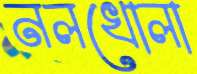
নলখোলা